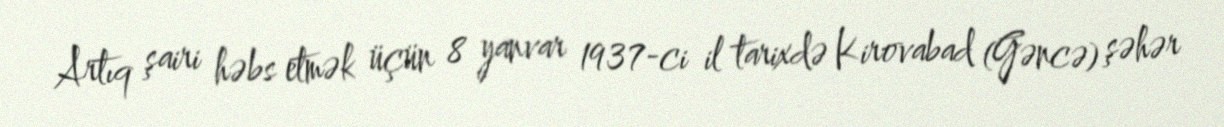
Artıq şairi həbs etmək üçün 8 yanvar 1937-ci il tarixdə Kirovabad (Gəncə) şəhər